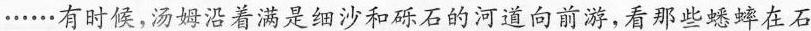
……有时候，汤姆沿着满是细沙和砾石的河道向前游，看那些蟋蟀在石